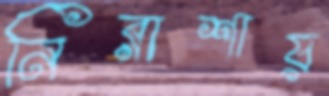
নিরাশায়